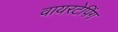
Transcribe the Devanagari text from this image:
वायरटेपिंग